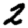
Digit: 2